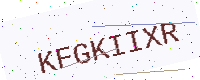
Text: KFGKIIXR